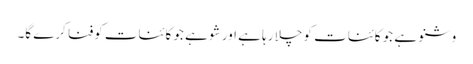
وشنو ہے جو کائنات کو چلا رہا ہے اور شو ہے جو کائنات کوفنا کرے گا۔